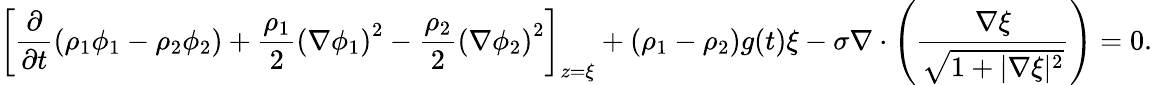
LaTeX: \left[\frac{\partial}{\partial t}\left(\rho_{1}\phi_{1}-\rho_{2}\phi_{2}\right)+\frac{\rho_{1}}{2}\left(\nabla\phi_{1}\right)^{2}-\frac{\rho_{2}}{2}\left(\nabla\phi_{2}\right)^{2}\right]_{z=\xi}+(\rho_{1}-\rho_{2})g(t)\xi-\sigma\nabla\cdot\left(\frac{\nabla\xi}{\sqrt{1+|\nabla\xi|^{2}}}\right)=0.